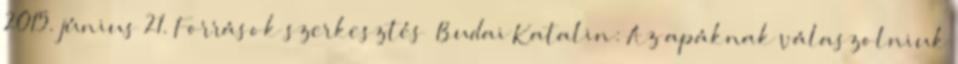
2015. június 21. Források szerkesztés Budai Katalin: Az apáknak válaszolniuk